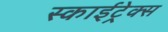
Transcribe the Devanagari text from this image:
स्काईट्रेक्स